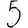
Digit: 5